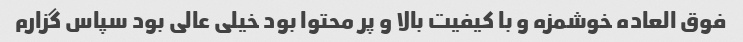
فوق العاده خوشمزه و با کیفیت بالا و پر محتوا بود خیلی عالی بود سپاس گزارم